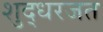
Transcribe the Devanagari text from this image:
शुद्धरजत